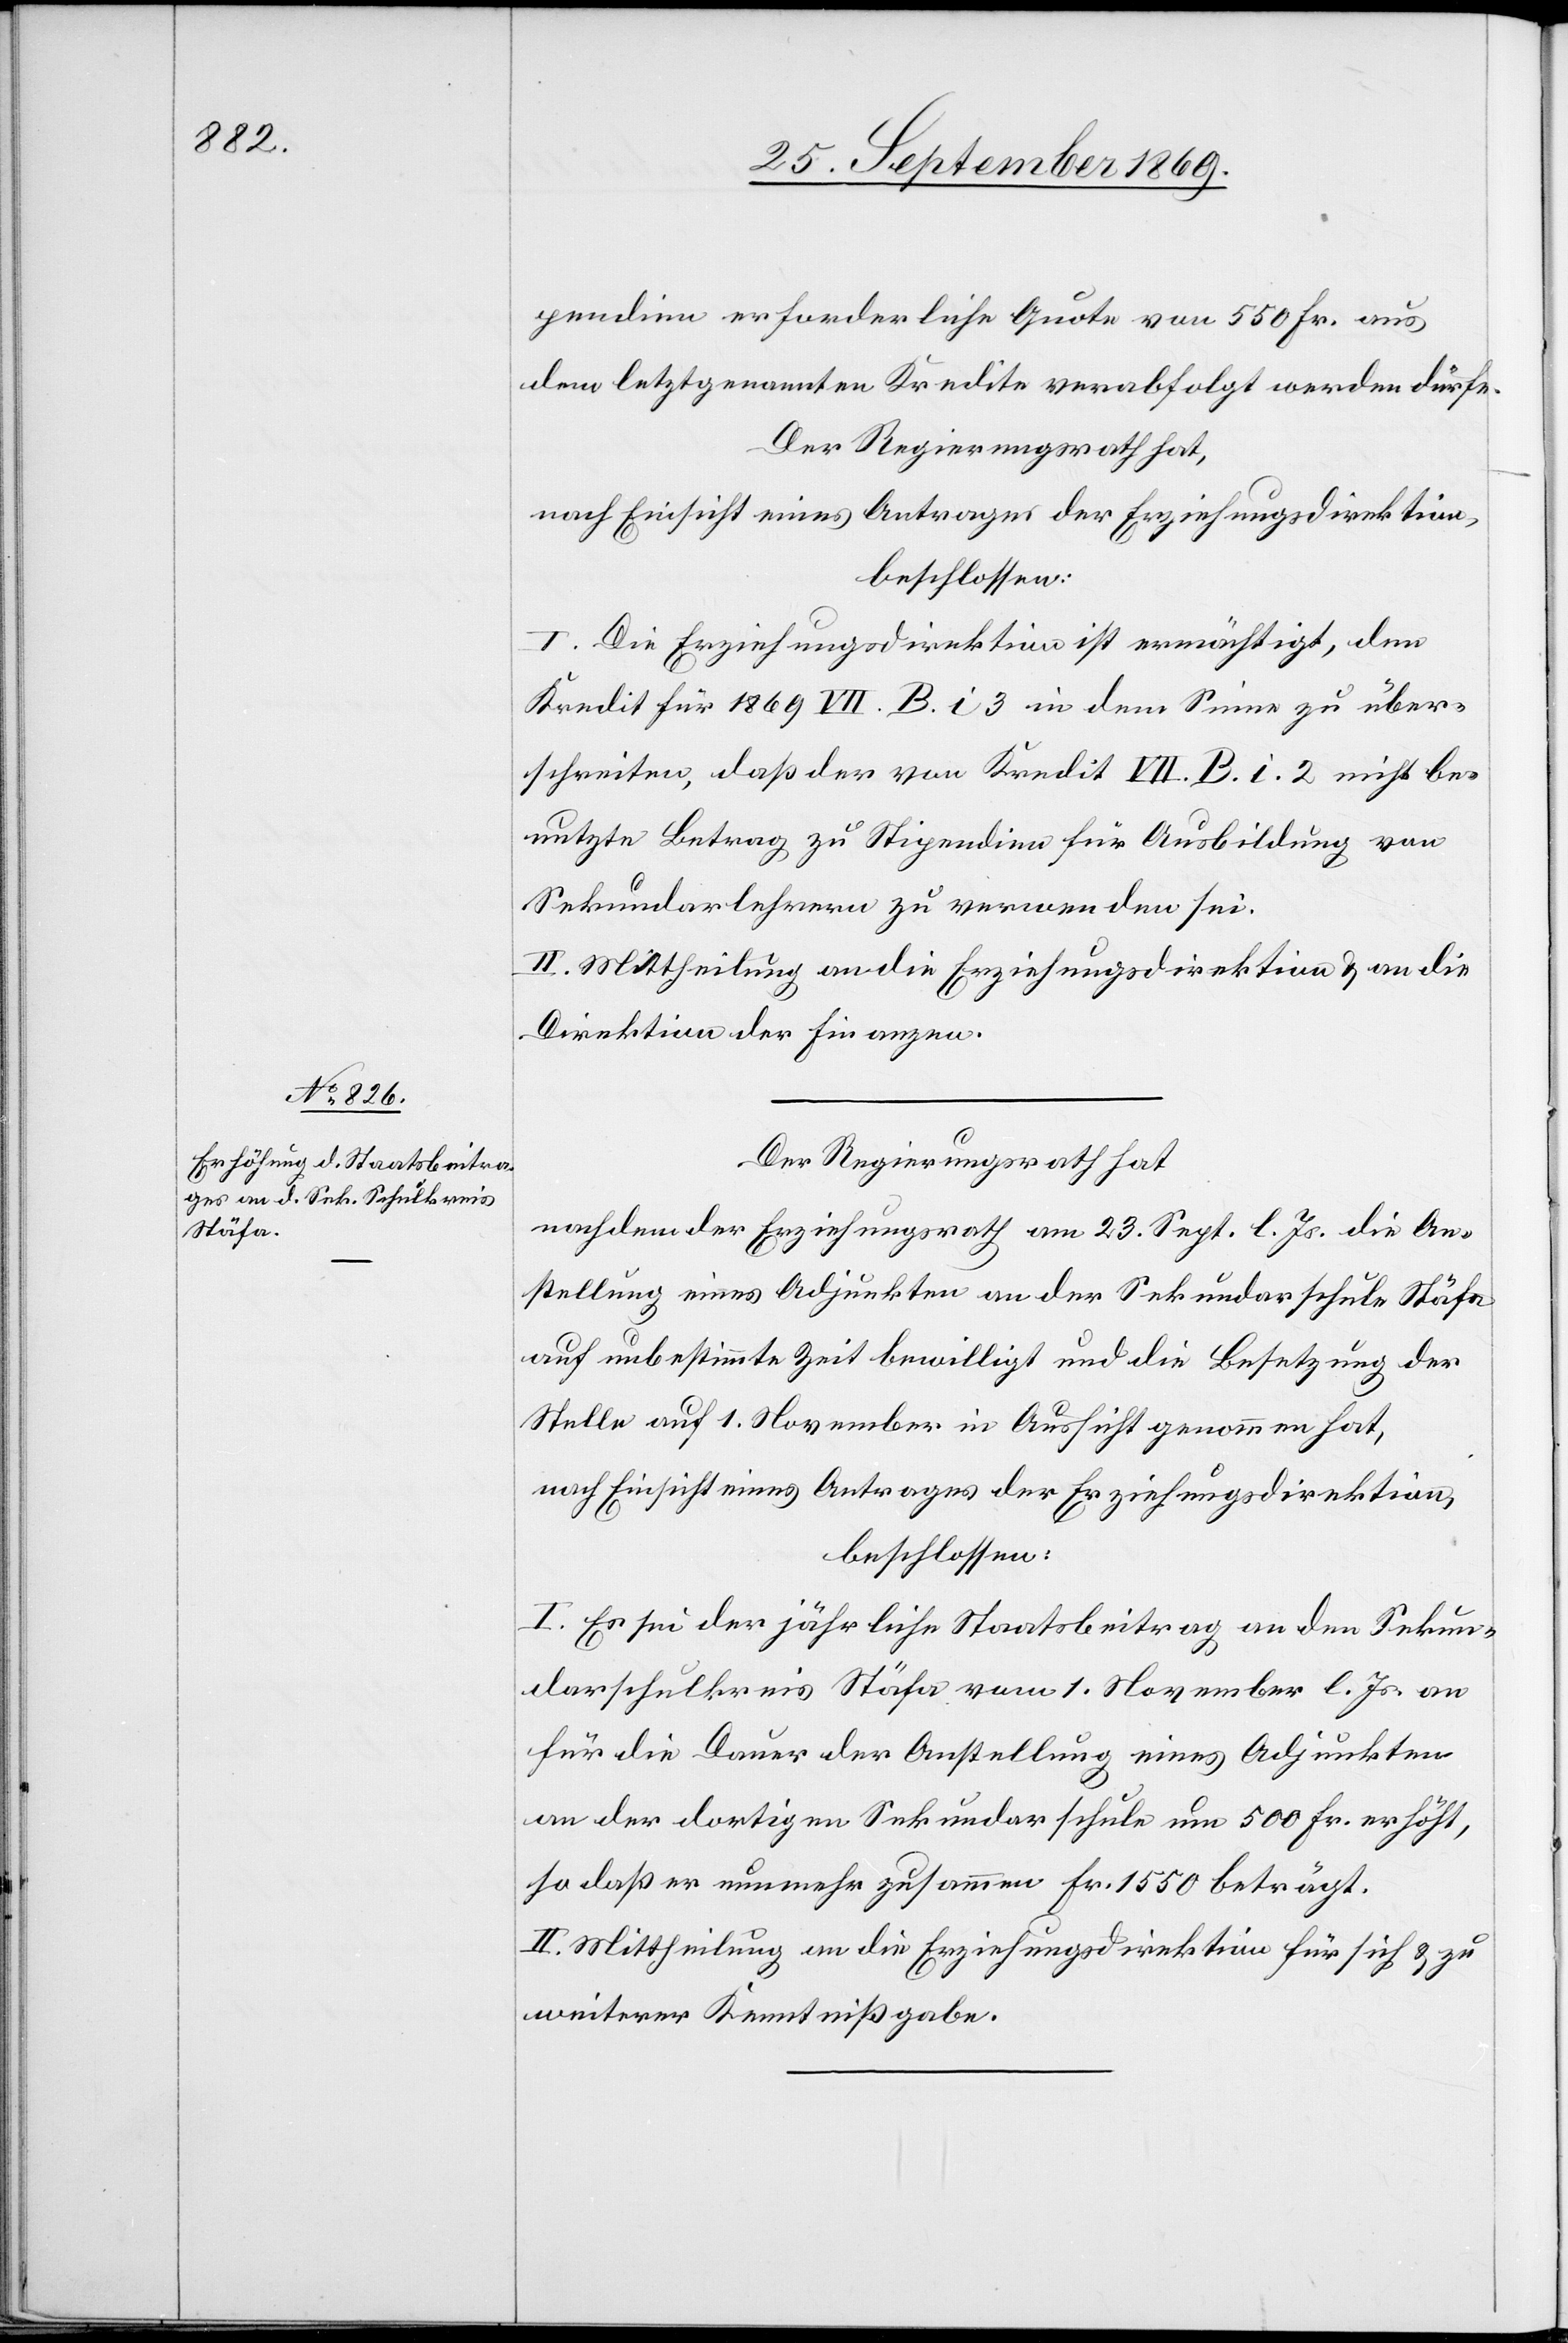
pendien erforderliche Quote von 550 Fr. aus
dem letztgenannten Kredite verabfolgt werden dürfe.
Der Regierungsrath hat,
nach Einsicht eines Antrages der Erziehungsdirektion,
beschlossen:
I. Die Erziehungsdirektion ist ermächtigt, den
Kredit für 1869 VII. B. i 3 in dem Sinne zu über¬
schreiten, daß der von Kredit VII. B. i. 2 nicht be¬
nutzte Betrag zu Stipendien für Ausbildung von
Sekundarlehrern zu verwenden sei.
II. Mittheilung an die Erziehungsdirektion & an die
Direktion der Finanzen.
Der Regierungsrath hat
nachdem der Erziehungsrath am 23. Sept. l. Js. die An¬
stellung eines Adjunkten an der Sekundarschule Stäfa
auf unbestimmte Zeit bewilligt und die Besetzung der
Stelle auf 1. November in Aussicht genommen hat,
nach Einsicht eines Antrages der Erziehungsdirektion,
beschlossen:
I. Es sei der jährliche Staatsbeitrag an den Sekun¬
darschulkreis Stäfa vom 1. November l. Js. an
für die Dauer der Anstellung eines Adjunkten
an der dortigen Sekundarschule um 500 Fr. erhöht,
so daß er nunmehr zusammen Fr. 1550 beträgt.
II. Mittheilung an die Erziehungsdirektion für sich & zu
weiterer Kenntnißgabe.